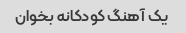
یک آهنگ کودکانه بخوان